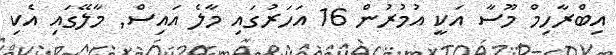
އިބްރާހިމް މޫސާ އަކީ އުމުރުން 16 އަހަރުުގައި މާލެ އައިސް